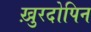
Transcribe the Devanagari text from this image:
ख़ुरदोपिन